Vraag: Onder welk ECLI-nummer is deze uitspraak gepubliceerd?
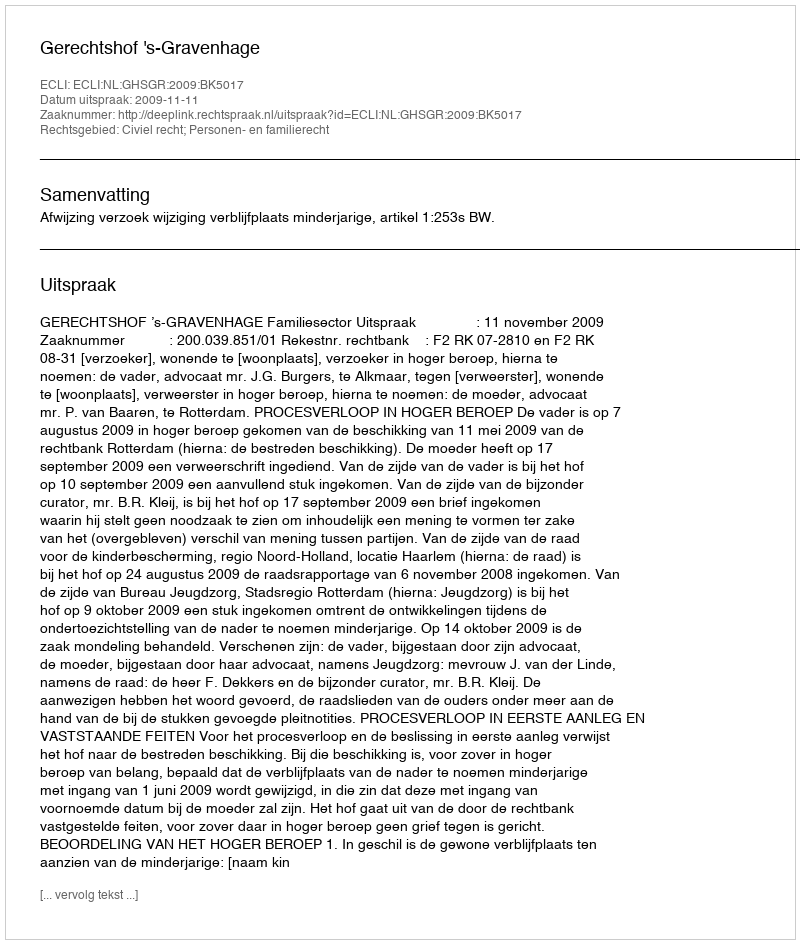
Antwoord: ECLI:NL:GHSGR:2009:BK5017